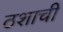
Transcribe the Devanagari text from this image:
ठशाची